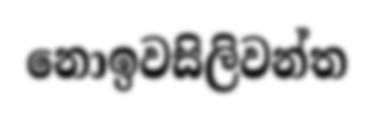
නොඉවසිලිවන්ත